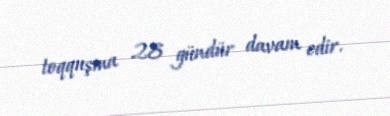
toqquşma 28 gündür davam edir.